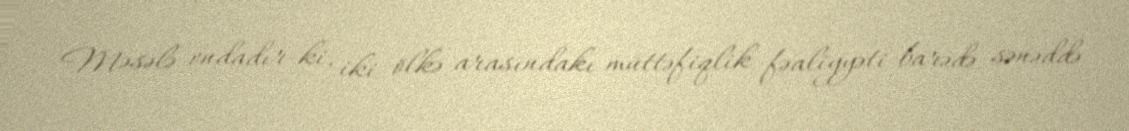
Məsələ ondadır ki, iki ölkə arasındakı müttəfiqlik fəaliyyəti barədə sənəddə